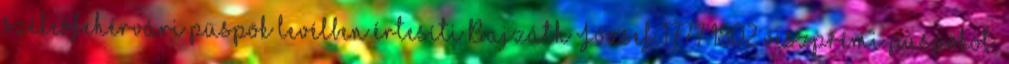
székesfehérvári püspök levélben értesíti Bajzáth József 1777–1802 veszprémi püspököt,